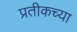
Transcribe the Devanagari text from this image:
प्रतीकच्या